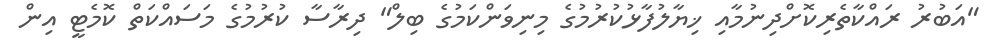
"އަބުރު ރައްކާތެރިކޮށްދިނުމާއި ޚިޔާލުފާޅުކުރުމުގެ މިނިވަންކަމުގެ ބިލް" ދިރާސާ ކުރުމުގެ މަސައްކަތް ކޮމެޓީ އިން